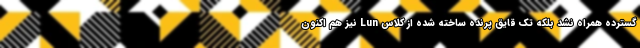
گسترده همراه نشد بلکه تک قایق پرنده ساخته شده از کلاس Lun نیز هم اکنون